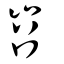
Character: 岧